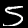
Digit: 5